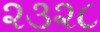
૨૩૨૮